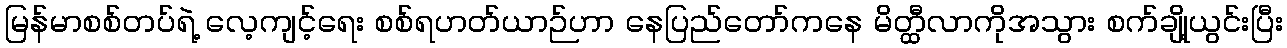
မြန်မာစစ်တပ်ရဲ့ လေ့ကျင့်ရေး စစ်ရဟတ်ယာဉ်ဟာ နေပြည်တော်ကနေ မိတ္ထီလာကိုအသွား စက်ချို့ယွင်းပြီး